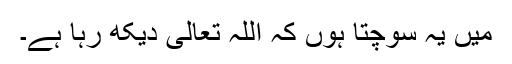
مَیں یہ سوچتا ہوں کہ اللہ تعالیٰ دیکھ رہا ہے۔